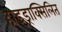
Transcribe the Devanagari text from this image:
हाइड्राक्सिलित